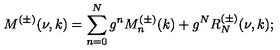
M ^ { ( \pm ) } ( \nu , k ) = \sum _ { n = 0 } ^ { N } g ^ { n } M _ { n } ^ { ( \pm ) } ( k ) + g ^ { N } R _ { N } ^ { ( \pm ) } ( \nu , k ) ;